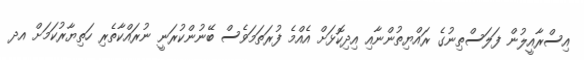
އިސްރާއީލުން ފަލަސްޠިނުގެ ރައްޔިތުންނާއި އިދިކޮޅަށް އެއްމެ ފުރަތަމަވެސް ބޭނުންކުރަނީ ނުރައްކާތެރި ހަތިޔާރުކަމަށް އދ